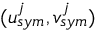
( u _ { s y m } ^ { j } , v _ { s y m } ^ { j } )